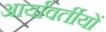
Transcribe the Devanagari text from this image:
आर्यावर्तीयों